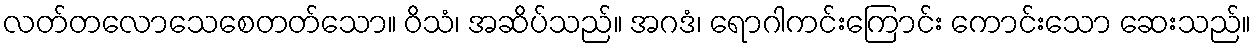
လတ်တလောသေစေတတ်သော။ ဝိသံ၊ အဆိပ်သည်။ အဂဒံ၊ ရောဂါကင်းကြောင်း ကောင်းသော ဆေးသည်။